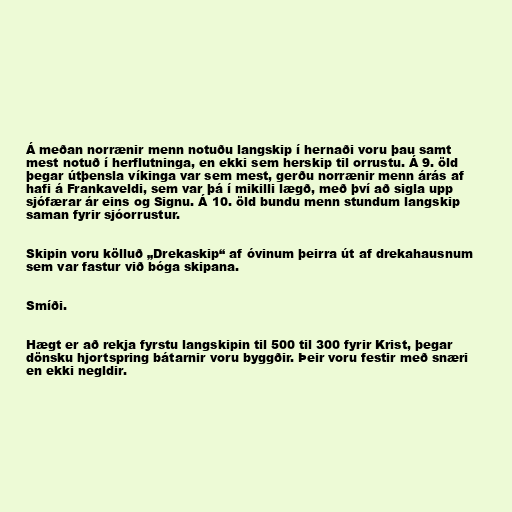
Á meðan norrænir menn notuðu langskip í hernaði voru þau samt
mest notuð í herflutninga, en ekki sem herskip til orrustu. Á 9. öld
þegar útþensla víkinga var sem mest, gerðu norrænir menn árás af
hafi á Frankaveldi, sem var þá í mikilli lægð, með því að sigla upp
sjófærar ár eins og Signu. Á 10. öld bundu menn stundum langskip
saman fyrir sjóorrustur.

Skipin voru kölluð „Drekaskip“ af óvinum þeirra út af drekahausnum
sem var fastur við bóga skipana.

Smíði.

Hægt er að rekja fyrstu langskipin til 500 til 300 fyrir Krist, þegar
dönsku hjortspring bátarnir voru byggðir. Þeir voru festir með snæri
en ekki negldir.